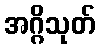
အဂ္ဂိသုတ်